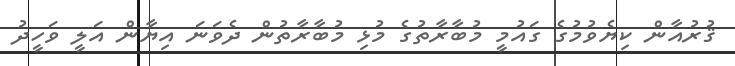
ޤުރުއާން ކިޔެވުމުގެ ގައުމީ މުބާރާތުގެ މުޅި މުބާރާތުން ދެވަނަ އިޔާން އަލީ ވަހީދު